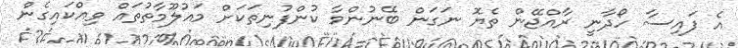
އެ ފައިސާ ހޯދާނީ ރާއްޖޭން ތެޔޮ ނަގަން ބޭނުންވާ ކުންފުނިތަކަށް މައުލޫމާތުތައް ވިއްކައިގެން